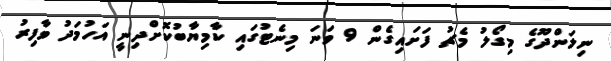
ނިލަންދޫގެ މިގޯލު މެޗު ފަށައިގެން 9 ވަނަ މިނެޓުގައި ކާމިޔާބުކޮށްދިނީ އަހުމަދު ވާފިރު